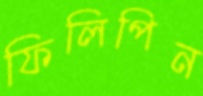
ফিলিপিন